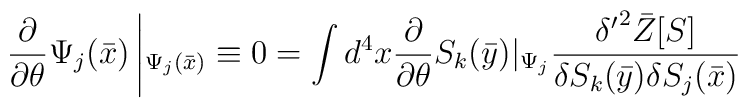
\frac{ \partial }{\partial \theta }\Psi_j (\bar{x})\left |_{\Psi_j (\bar{x}) }\equiv 0 = \int d^4x \frac{ \partial }{ \partial \theta}S_k(\bar{y})|_{\Psi_j} \frac{ {\delta ^\prime }^2 \bar{Z} [S]}{\delta S_k(\bar{y})\delta S_j (\bar{x}) }\right .